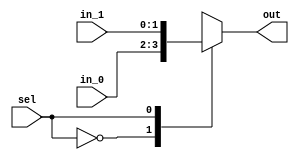
/*
 * Generated by Digital. Don't modify this file!
 * Any changes will be lost if this file is regenerated.
 */

module Mux_2x1_NBits #(
    parameter Bits = 2
)
(
    input [0:0] sel,
    input [(Bits - 1):0] in_0,
    input [(Bits - 1):0] in_1,
    output reg [(Bits - 1):0] out
);
    always @ (*) begin
        case (sel)
            1'h0: out = in_0;
            1'h1: out = in_1;
            default:
                out = 'h0;
        endcase
    end
endmodule


module DIG_Register_BUS #(
    parameter Bits = 1
)
(
    input C,
    input en,
    input [(Bits - 1):0]D,
    output [(Bits - 1):0]Q
);

    reg [(Bits - 1):0] state = 'h0;

    assign Q = state;

    always @ (posedge C) begin
        if (en)
            state <= D;
   end
endmodule
module DIG_Add
#(
    parameter Bits = 1
)
(
    input [(Bits-1):0] a,
    input [(Bits-1):0] b,
    input c_i,
    output [(Bits - 1):0] s,
    output c_o
);
   wire [Bits:0] temp;

   assign temp = a + b + c_i;
   assign s = temp [(Bits-1):0];
   assign c_o = temp[Bits];
endmodule


module DIG_ROM_256X32_InstMem (
    input [7:0] A,
    input sel,
    output reg [31:0] D
);
    reg [31:0] my_rom [0:9];

    always @ (*) begin
        if (~sel)
            D = 32'hz;
        else if (A > 8'h9)
            D = 32'h0;
        else
            D = my_rom[A];
    end

    initial begin
        my_rom[0] = 32'hdeadbeef;
        my_rom[1] = 32'h11111111;
        my_rom[2] = 32'h22222222;
        my_rom[3] = 32'h33333333;
        my_rom[4] = 32'h44444444;
        my_rom[5] = 32'h55555555;
        my_rom[6] = 32'h66666666;
        my_rom[7] = 32'h77777777;
        my_rom[8] = 32'h88888888;
        my_rom[9] = 32'h99999999;
    end
endmodule


module CompUnsigned #(
    parameter Bits = 1
)
(
    input [(Bits -1):0] a,
    input [(Bits -1):0] b,
    output \> ,
    output \= ,
    output \<
);
    assign \> = a > b;
    assign \= = a == b;
    assign \< = a < b;
endmodule

module PriorityEncoder4 (
    input in0,
    input in1,
    input in2,
    input in3,
    input in4,
    input in5,
    input in6,
    input in7,
    input in8,
    input in9,
    input in10,
    input in11,
    input in12,
    input in13,
    input in14,
    input in15,
    output reg [3:0] num,
    output any
);
    always @ (*) begin
        if (in15 == 1'b1)
            num = 4'hf;
        else if (in14 == 1'b1)
            num = 4'he;
        else if (in13 == 1'b1)
            num = 4'hd;
        else if (in12 == 1'b1)
            num = 4'hc;
        else if (in11 == 1'b1)
            num = 4'hb;
        else if (in10 == 1'b1)
            num = 4'ha;
        else if (in9 == 1'b1)
            num = 4'h9;
        else if (in8 == 1'b1)
            num = 4'h8;
        else if (in7 == 1'b1)
            num = 4'h7;
        else if (in6 == 1'b1)
            num = 4'h6;
        else if (in5 == 1'b1)
            num = 4'h5;
        else if (in4 == 1'b1)
            num = 4'h4;
        else if (in3 == 1'b1)
            num = 4'h3;
        else if (in2 == 1'b1)
            num = 4'h2;
        else if (in1 == 1'b1)
            num = 4'h1;
        else 
            num = 4'h0;
    end

    assign any = in0 | in1 | in2 | in3 | in4 | in5 | in6 | in7 | in8 | in9 | in10 | in11 | in12 | in13 | in14 | in15;
endmodule


module Mux_16x1_NBits #(
    parameter Bits = 2
)
(
    input [3:0] sel,
    input [(Bits - 1):0] in_0,
    input [(Bits - 1):0] in_1,
    input [(Bits - 1):0] in_2,
    input [(Bits - 1):0] in_3,
    input [(Bits - 1):0] in_4,
    input [(Bits - 1):0] in_5,
    input [(Bits - 1):0] in_6,
    input [(Bits - 1):0] in_7,
    input [(Bits - 1):0] in_8,
    input [(Bits - 1):0] in_9,
    input [(Bits - 1):0] in_10,
    input [(Bits - 1):0] in_11,
    input [(Bits - 1):0] in_12,
    input [(Bits - 1):0] in_13,
    input [(Bits - 1):0] in_14,
    input [(Bits - 1):0] in_15,
    output reg [(Bits - 1):0] out
);
    always @ (*) begin
        case (sel)
            4'h0: out = in_0;
            4'h1: out = in_1;
            4'h2: out = in_2;
            4'h3: out = in_3;
            4'h4: out = in_4;
            4'h5: out = in_5;
            4'h6: out = in_6;
            4'h7: out = in_7;
            4'h8: out = in_8;
            4'h9: out = in_9;
            4'ha: out = in_10;
            4'hb: out = in_11;
            4'hc: out = in_12;
            4'hd: out = in_13;
            4'he: out = in_14;
            4'hf: out = in_15;
            default:
                out = 'h0;
        endcase
    end
endmodule


module control_unit_full (
  input [5:0] opcode,
  input [5:0] func,
  output jump,
  output Branch,
  output MemRead,
  output MemWrite,
  output MemToReg,
  output ALUSrc,
  output RegWrite,
  output RegDst,
  output InvOpcode,
  output [2:0] ALUFunc,
  output Bne
);
  wire lw;
  wire sw;
  wire beq;
  wire jmp;
  wire s_bne;
  wire add;
  wire sub;
  wire slt;
  wire \and ;
  wire \or ;
  wire [3:0] s0;
  wire [12:0] s1;
  wire [5:0] s2;
  wire s3;
  // lw
  CompUnsigned #(
    .Bits(6)
  )
  CompUnsigned_i0 (
    .a( opcode ),
    .b( 6'b100011 ),
    .\= ( lw )
  );
  // sw
  CompUnsigned #(
    .Bits(6)
  )
  CompUnsigned_i1 (
    .a( opcode ),
    .b( 6'b101011 ),
    .\= ( sw )
  );
  // beq
  CompUnsigned #(
    .Bits(6)
  )
  CompUnsigned_i2 (
    .a( opcode ),
    .b( 6'b100 ),
    .\= ( beq )
  );
  // jmp
  CompUnsigned #(
    .Bits(6)
  )
  CompUnsigned_i3 (
    .a( opcode ),
    .b( 6'b10 ),
    .\= ( jmp )
  );
  CompUnsigned #(
    .Bits(6)
  )
  CompUnsigned_i4 (
    .a( opcode ),
    .b( 6'b0 ),
    .\= ( s3 )
  );
  // bne
  CompUnsigned #(
    .Bits(6)
  )
  CompUnsigned_i5 (
    .a( opcode ),
    .b( 6'b101 ),
    .\= ( s_bne )
  );
  Mux_2x1_NBits #(
    .Bits(6)
  )
  Mux_2x1_NBits_i6 (
    .sel( s3 ),
    .in_0( 6'b0 ),
    .in_1( func ),
    .out( s2 )
  );
  // or
  CompUnsigned #(
    .Bits(6)
  )
  CompUnsigned_i7 (
    .a( s2 ),
    .b( 6'b100101 ),
    .\= ( \or  )
  );
  // and
  CompUnsigned #(
    .Bits(6)
  )
  CompUnsigned_i8 (
    .a( s2 ),
    .b( 6'b100100 ),
    .\= ( \and  )
  );
  // slt
  CompUnsigned #(
    .Bits(6)
  )
  CompUnsigned_i9 (
    .a( s2 ),
    .b( 6'b101010 ),
    .\= ( slt )
  );
  // sub
  CompUnsigned #(
    .Bits(6)
  )
  CompUnsigned_i10 (
    .a( s2 ),
    .b( 6'b100010 ),
    .\= ( sub )
  );
  // add
  CompUnsigned #(
    .Bits(6)
  )
  CompUnsigned_i11 (
    .a( s2 ),
    .b( 6'b100000 ),
    .\= ( add )
  );
  PriorityEncoder4 PriorityEncoder4_i12 (
    .in0( lw ),
    .in1( sw ),
    .in2( beq ),
    .in3( jmp ),
    .in4( s_bne ),
    .in5( add ),
    .in6( sub ),
    .in7( slt ),
    .in8( \and  ),
    .in9( \or  ),
    .in10( 1'b0 ),
    .in11( 1'b0 ),
    .in12( 1'b0 ),
    .in13( 1'b0 ),
    .in14( 1'b0 ),
    .in15( 1'b0 ),
    .num( s0 )
  );
  Mux_16x1_NBits #(
    .Bits(13)
  )
  Mux_16x1_NBits_i13 (
    .sel( s0 ),
    .in_0( 13'b1110100 ),
    .in_1( 13'b101000 ),
    .in_2( 13'b1000000010 ),
    .in_3( 13'b1 ),
    .in_4( 13'b1001000000000 ),
    .in_5( 13'b11000000 ),
    .in_6( 13'b1011000000 ),
    .in_7( 13'b10011000000 ),
    .in_8( 13'b11011000000 ),
    .in_9( 13'b100011000000 ),
    .in_10( 13'b0 ),
    .in_11( 13'b0 ),
    .in_12( 13'b0 ),
    .in_13( 13'b0 ),
    .in_14( 13'b0 ),
    .in_15( 13'b0 ),
    .out( s1 )
  );
  assign jump = s1[0];
  assign Branch = s1[1];
  assign MemRead = s1[2];
  assign MemWrite = s1[3];
  assign MemToReg = s1[4];
  assign ALUSrc = s1[5];
  assign RegWrite = s1[6];
  assign RegDst = s1[7];
  assign InvOpcode = s1[8];
  assign ALUFunc = s1[11:9];
  assign Bne = s1[12];
endmodule
module DIG_BitExtender #(
    parameter inputBits = 2,
    parameter outputBits = 4
)
(
    input [(inputBits-1):0] in,
    output [(outputBits - 1):0] out
);
    assign out = {{(outputBits - inputBits){in[inputBits - 1]}}, in};
endmodule



module DIG_RegisterFile
#(
    parameter Bits = 8,
    parameter AddrBits = 4
)
(
    input [(Bits-1):0] Din,
    input we,
    input [(AddrBits-1):0] Rw,
    input C,
    input [(AddrBits-1):0] Ra,
    input [(AddrBits-1):0] Rb,
    output [(Bits-1):0] Da,
    output [(Bits-1):0] Db
);

    reg [(Bits-1):0] memory[0:((1 << AddrBits)-1)];

    assign Da = memory[Ra];
    assign Db = memory[Rb];

    always @ (posedge C) begin
        if (we)
            memory[Rw] <= Din;
    end
endmodule


module DIG_Sub #(
    parameter Bits = 2
)
(
    input [(Bits-1):0] a,
    input [(Bits-1):0] b,
    input c_i,
    output [(Bits-1):0] s,
    output c_o
);
    wire [Bits:0] temp;

    assign temp = a - b - c_i;
    assign s = temp[(Bits-1):0];
    assign c_o = temp[Bits];
endmodule


module CompSigned #(
    parameter Bits = 1
)
(
    input [(Bits -1):0] a,
    input [(Bits -1):0] b,
    output \> ,
    output \= ,
    output \<
);
    assign \> = $signed(a) > $signed(b);
    assign \= = $signed(a) == $signed(b);
    assign \< = $signed(a) < $signed(b);
endmodule


module Mux_8x1_NBits #(
    parameter Bits = 2
)
(
    input [2:0] sel,
    input [(Bits - 1):0] in_0,
    input [(Bits - 1):0] in_1,
    input [(Bits - 1):0] in_2,
    input [(Bits - 1):0] in_3,
    input [(Bits - 1):0] in_4,
    input [(Bits - 1):0] in_5,
    input [(Bits - 1):0] in_6,
    input [(Bits - 1):0] in_7,
    output reg [(Bits - 1):0] out
);
    always @ (*) begin
        case (sel)
            3'h0: out = in_0;
            3'h1: out = in_1;
            3'h2: out = in_2;
            3'h3: out = in_3;
            3'h4: out = in_4;
            3'h5: out = in_5;
            3'h6: out = in_6;
            3'h7: out = in_7;
            default:
                out = 'h0;
        endcase
    end
endmodule


module alu (
  input [31:0] a,
  input [31:0] b,
  input [2:0] func,
  output [31:0] res,
  output zero
);
  wire [31:0] s0;
  wire [31:0] s1;
  wire [31:0] s2;
  wire [31:0] s3;
  wire s4;
  wire [31:0] s5;
  wire [31:0] res_temp;
  assign s0 = (a & b);
  assign s1 = (a | b);
  DIG_Add #(
    .Bits(32)
  )
  DIG_Add_i0 (
    .a( a ),
    .b( b ),
    .c_i( 1'b0 ),
    .s( s2 )
  );
  DIG_Sub #(
    .Bits(32)
  )
  DIG_Sub_i1 (
    .a( a ),
    .b( b ),
    .c_i( 1'b0 ),
    .s( s3 )
  );
  CompSigned #(
    .Bits(32)
  )
  CompSigned_i2 (
    .a( a ),
    .b( b ),
    .\< ( s4 )
  );
  assign s5[0] = s4;
  assign s5[31:1] = 31'b0;
  Mux_8x1_NBits #(
    .Bits(32)
  )
  Mux_8x1_NBits_i3 (
    .sel( func ),
    .in_0( s2 ),
    .in_1( s3 ),
    .in_2( s5 ),
    .in_3( s0 ),
    .in_4( s1 ),
    .in_5( 32'b0 ),
    .in_6( 32'b0 ),
    .in_7( 32'b0 ),
    .out( res_temp )
  );
  CompUnsigned #(
    .Bits(32)
  )
  CompUnsigned_i4 (
    .a( res_temp ),
    .b( 32'b0 ),
    .\= ( zero )
  );
  assign res = res_temp;
endmodule
module DIG_RAMDualPort
#(
    parameter Bits = 8,
    parameter AddrBits = 4
)
(
  input [(AddrBits-1):0] A,
  input [(Bits-1):0] Din,
  input str,
  input C,
  input ld,
  output [(Bits-1):0] D
);
  reg [(Bits-1):0] memory[0:((1 << AddrBits) - 1)];

  assign D = ld? memory[A] : 'hz;

  always @ (posedge C) begin
    if (str)
      memory[A] <= Din;
  end
endmodule


module Mips32SoC (
  input clk,
  input rst
);
  wire [31:0] s0;
  wire [31:0] s1;
  wire [31:0] s2;
  wire [7:0] s3;
  wire [31:0] Instr;
  wire [31:0] s4;
  wire RegWrite;
  wire [4:0] s5;
  wire [4:0] s6;
  wire [4:0] s7;
  wire [31:0] s8;
  wire [31:0] s9;
  wire [5:0] func;
  wire [4:0] s10;
  wire [5:0] s11;
  wire [31:0] s12;
  wire [2:0] s13;
  wire [31:0] s14;
  wire isZero;
  wire jump;
  wire branch;
  wire MemRead;
  wire MemWrite;
  wire MemToReg;
  wire AluSrc;
  wire RegDst;
  wire Bne;
  wire [7:0] s15;
  wire [31:0] s16;
  wire [9:0] s17;
  wire [15:0] s18;
  wire [31:0] \sign-ex ;
  wire [31:0] s19;
  wire [27:0] s20;
  wire [31:0] s21;
  wire [31:0] s22;
  wire [31:0] s23;
  wire s24;
  wire [31:0] s25;
  Mux_2x1_NBits #(
    .Bits(32)
  )
  Mux_2x1_NBits_i0 (
    .sel( rst ),
    .in_0( s19 ),
    .in_1( 32'b0 ),
    .out( s0 )
  );
  // PC
  DIG_Register_BUS #(
    .Bits(32)
  )
  DIG_Register_BUS_i1 (
    .D( s0 ),
    .C( clk ),
    .en( 1'b1 ),
    .Q( s1 )
  );
  DIG_Add #(
    .Bits(32)
  )
  DIG_Add_i2 (
    .a( s1 ),
    .b( 32'b100 ),
    .c_i( 1'b0 ),
    .s( s2 )
  );
  assign s17 = s1[9:0];
  assign s3 = s17[9:2];
  // InstMem
  DIG_ROM_256X32_InstMem DIG_ROM_256X32_InstMem_i3 (
    .A( s3 ),
    .sel( 1'b1 ),
    .D( Instr )
  );
  assign s20[1:0] = 2'b0;
  assign s20[27:2] = Instr[25:0];
  assign func = Instr[5:0];
  assign s10 = Instr[15:11];
  assign s7 = Instr[20:16];
  assign s6 = Instr[25:21];
  assign s11 = Instr[31:26];
  assign s18 = Instr[15:0];
  control_unit_full control_unit_full_i4 (
    .opcode( s11 ),
    .func( func ),
    .jump( jump ),
    .Branch( branch ),
    .MemRead( MemRead ),
    .MemWrite( MemWrite ),
    .MemToReg( MemToReg ),
    .ALUSrc( AluSrc ),
    .RegWrite( RegWrite ),
    .RegDst( RegDst ),
    .ALUFunc( s13 ),
    .Bne( Bne )
  );
  DIG_BitExtender #(
    .inputBits(16),
    .outputBits(32)
  )
  DIG_BitExtender_i5 (
    .in( s18 ),
    .out( \sign-ex  )
  );
  assign s21[27:0] = s20;
  assign s21[31:28] = s2[31:28];
  Mux_2x1_NBits #(
    .Bits(5)
  )
  Mux_2x1_NBits_i6 (
    .sel( RegDst ),
    .in_0( s7 ),
    .in_1( s10 ),
    .out( s5 )
  );
  assign s22[1:0] = 2'b0;
  assign s22[31:2] = \sign-ex [29:0];
  DIG_Add #(
    .Bits(32)
  )
  DIG_Add_i7 (
    .a( s2 ),
    .b( s22 ),
    .c_i( 1'b0 ),
    .s( s23 )
  );
  DIG_RegisterFile #(
    .Bits(32),
    .AddrBits(5)
  )
  DIG_RegisterFile_i8 (
    .Din( s4 ),
    .we( RegWrite ),
    .Rw( s5 ),
    .C( clk ),
    .Ra( s6 ),
    .Rb( s7 ),
    .Da( s8 ),
    .Db( s9 )
  );
  alu alu_i9 (
    .a( s8 ),
    .b( s12 ),
    .func( s13 ),
    .res( s14 ),
    .zero( isZero )
  );
  // DataMem
  DIG_RAMDualPort #(
    .Bits(32),
    .AddrBits(8)
  )
  DIG_RAMDualPort_i10 (
    .A( s15 ),
    .Din( s9 ),
    .str( MemWrite ),
    .C( clk ),
    .ld( MemRead ),
    .D( s16 )
  );
  Mux_2x1_NBits #(
    .Bits(32)
  )
  Mux_2x1_NBits_i11 (
    .sel( MemToReg ),
    .in_0( s14 ),
    .in_1( s16 ),
    .out( s4 )
  );
  Mux_2x1_NBits #(
    .Bits(32)
  )
  Mux_2x1_NBits_i12 (
    .sel( AluSrc ),
    .in_0( s9 ),
    .in_1( \sign-ex  ),
    .out( s12 )
  );
  Mux_2x1_NBits #(
    .Bits(32)
  )
  Mux_2x1_NBits_i13 (
    .sel( s24 ),
    .in_0( s2 ),
    .in_1( s23 ),
    .out( s25 )
  );
  Mux_2x1_NBits #(
    .Bits(32)
  )
  Mux_2x1_NBits_i14 (
    .sel( jump ),
    .in_0( s25 ),
    .in_1( s21 ),
    .out( s19 )
  );
  assign s24 = ((branch & isZero) | (Bne & ~ isZero));
  assign s15 = s14[9:2];
endmodule